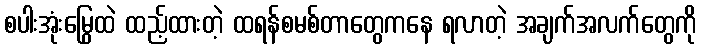
စပါးအုံးမြွေထဲ ထည့်ထားတဲ့ ထရန်စမစ်တာတွေကနေ ရလာတဲ့ အချက်အလက်တွေကို